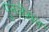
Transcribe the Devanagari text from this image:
पुनलेखन